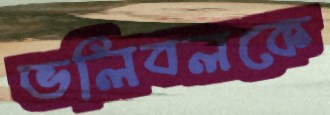
ভলিবলকে